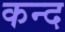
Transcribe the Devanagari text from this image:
कन्‍द